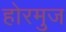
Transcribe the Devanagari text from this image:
होरमुज